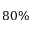
8 0 \%